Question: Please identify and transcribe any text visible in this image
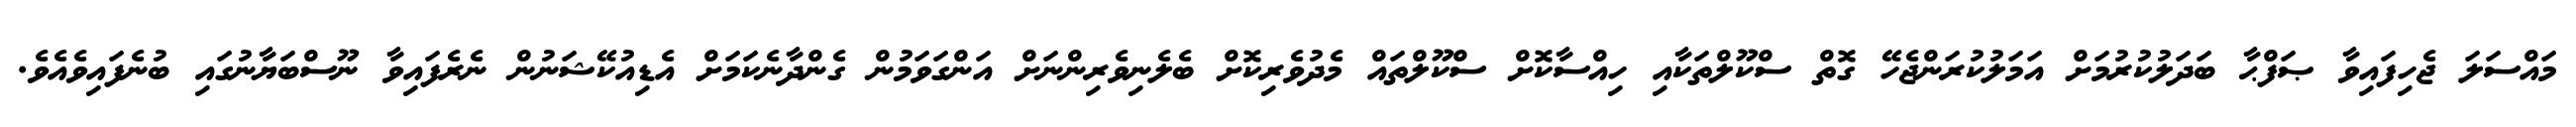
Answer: މައްސަލަ ޖެހިފައިވާ ޞަފްޙާ ބަދަލުކުރުމަށް އަމަލުކުރަންޖެހޭ ގޮތް ސްކޫލްތަކާއި ހިއްސާކޮށް ސްކޫލްތައް މެދުވެރިކޮށް ބެލެނިވެރިންނަށް އަންގަވަމުން ގެންދާނެކަމަށް އެޑިއުކޭޝަނުން ނެރެފައިވާ ނޫސްބަޔާނުގައި ބުނެފައިވެއެވެ.